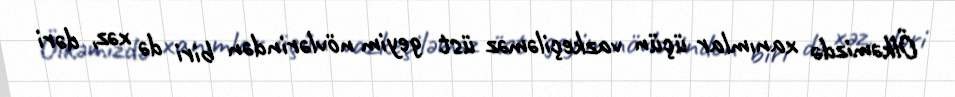
Ölkəmizdə xanımlar üçün vazkeçiləməz üst geyim növlərindən biri də xəz, dəri